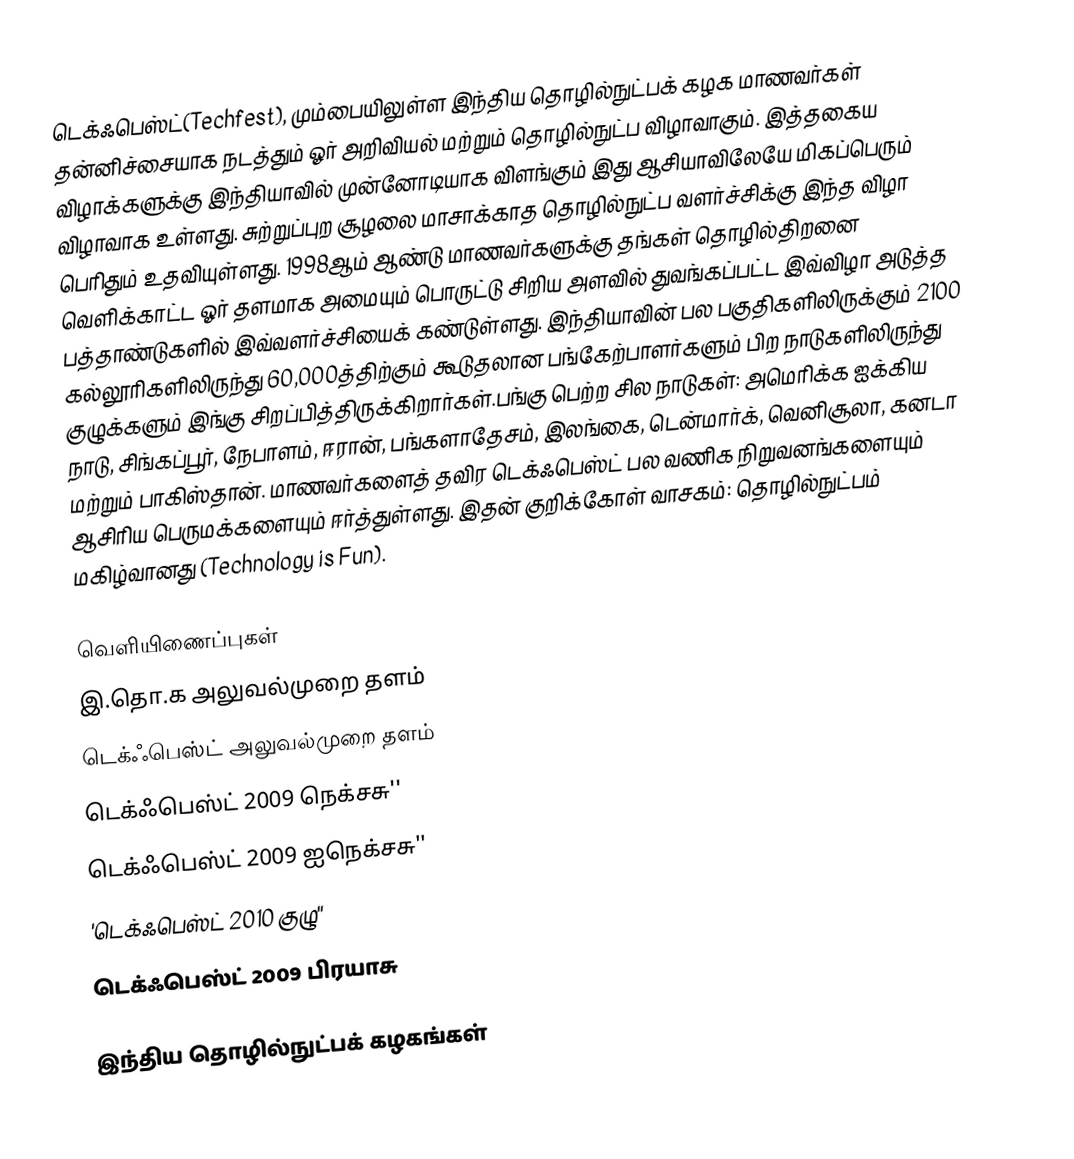
டெக்ஃபெஸ்ட்(Techfest), மும்பையிலுள்ள இந்திய தொழில்நுட்பக் கழக மாணவர்கள் தன்னிச்சையாக நடத்தும் ஓர் அறிவியல் மற்றும் தொழில்நுட்ப விழாவாகும். இத்தகைய விழாக்களுக்கு இந்தியாவில் முன்னோடியாக விளங்கும் இது ஆசியாவிலேயே மிகப்பெரும் விழாவாக உள்ளது.  சுற்றுப்புற சூழலை மாசாக்காத தொழில்நுட்ப வளர்ச்சிக்கு இந்த விழா பெரிதும் உதவியுள்ளது. 1998ஆம் ஆண்டு மாணவர்களுக்கு தங்கள் தொழில்திறனை வெளிக்காட்ட ஓர் தளமாக அமையும் பொருட்டு சிறிய அளவில் துவங்கப்பட்ட இவ்விழா அடுத்த பத்தாண்டுகளில் இவ்வளர்ச்சியைக் கண்டுள்ளது. இந்தியாவின் பல பகுதிகளிலிருக்கும் 2100 கல்லூரிகளிலிருந்து 60,000த்திற்கும் கூடுதலான பங்கேற்பாளர்களும் பிற நாடுகளிலிருந்து குழுக்களும் இங்கு சிறப்பித்திருக்கிறார்கள்.பங்கு பெற்ற சில நாடுகள்: அமெரிக்க ஐக்கிய நாடு, சிங்கப்பூர், நேபாளம், ஈரான், பங்களாதேசம், இலங்கை, டென்மார்க், வெனிசூலா, கனடா மற்றும் பாகிஸ்தான்.  மாணவர்களைத் தவிர டெக்ஃபெஸ்ட் பல வணிக நிறுவனங்களையும் ஆசிரிய பெருமக்களையும் ஈர்த்துள்ளது. இதன் குறிக்கோள் வாசகம்: தொழில்நுட்பம் மகிழ்வானது (Technology is Fun).

வெளியிணைப்புகள்
 இ.தொ.க அலுவல்முறை தளம்
  டெக்ஃபெஸ்ட் அலுவல்முறை தளம்
 டெக்ஃபெஸ்ட் 2009 நெக்சசு''
 டெக்ஃபெஸ்ட் 2009 ஐநெக்சசு''
 'டெக்ஃபெஸ்ட் 2010 குழு''
 டெக்ஃபெஸ்ட் 2009 பிரயாசு

இந்திய தொழில்நுட்பக் கழகங்கள்